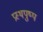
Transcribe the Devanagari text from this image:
प्रस्थपुष्प